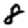
Digit: 8